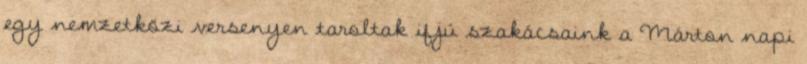
egy nemzetközi versenyen taroltak ifjú szakácsaink a Márton napi